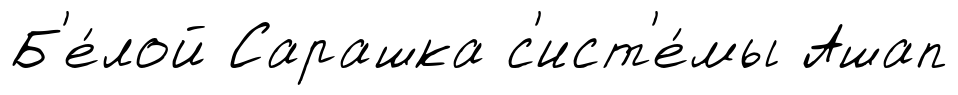
Б'е́лой Сарашка с'ист'е́мы Ашап